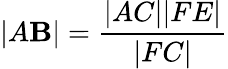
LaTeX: |A\mathbf{B}|={\frac{{|AC||FE|}}{{|FC|}}}